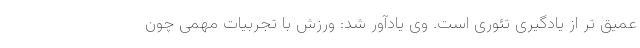
عمیق تر از یادگیرى تئورى است. وی یادآور شد: ورزش با تجربیات مهمی چون